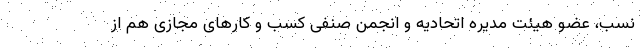
نسب، عضو هیئت مدیره اتحادیه و انجمن صنفی کسب و کارهای مجازی هم از